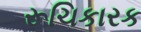
રૂચિકારક